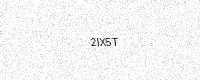
Text: 2IX5T